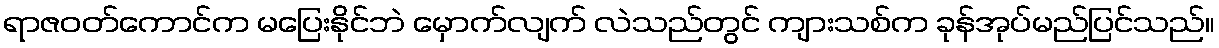
ရာဇဝတ်ကောင်က မပြေးနိုင်ဘဲ မှောက်လျက် လဲသည်တွင် ကျားသစ်က ခုန်အုပ်မည်ပြင်သည်။